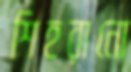
শিহরানো